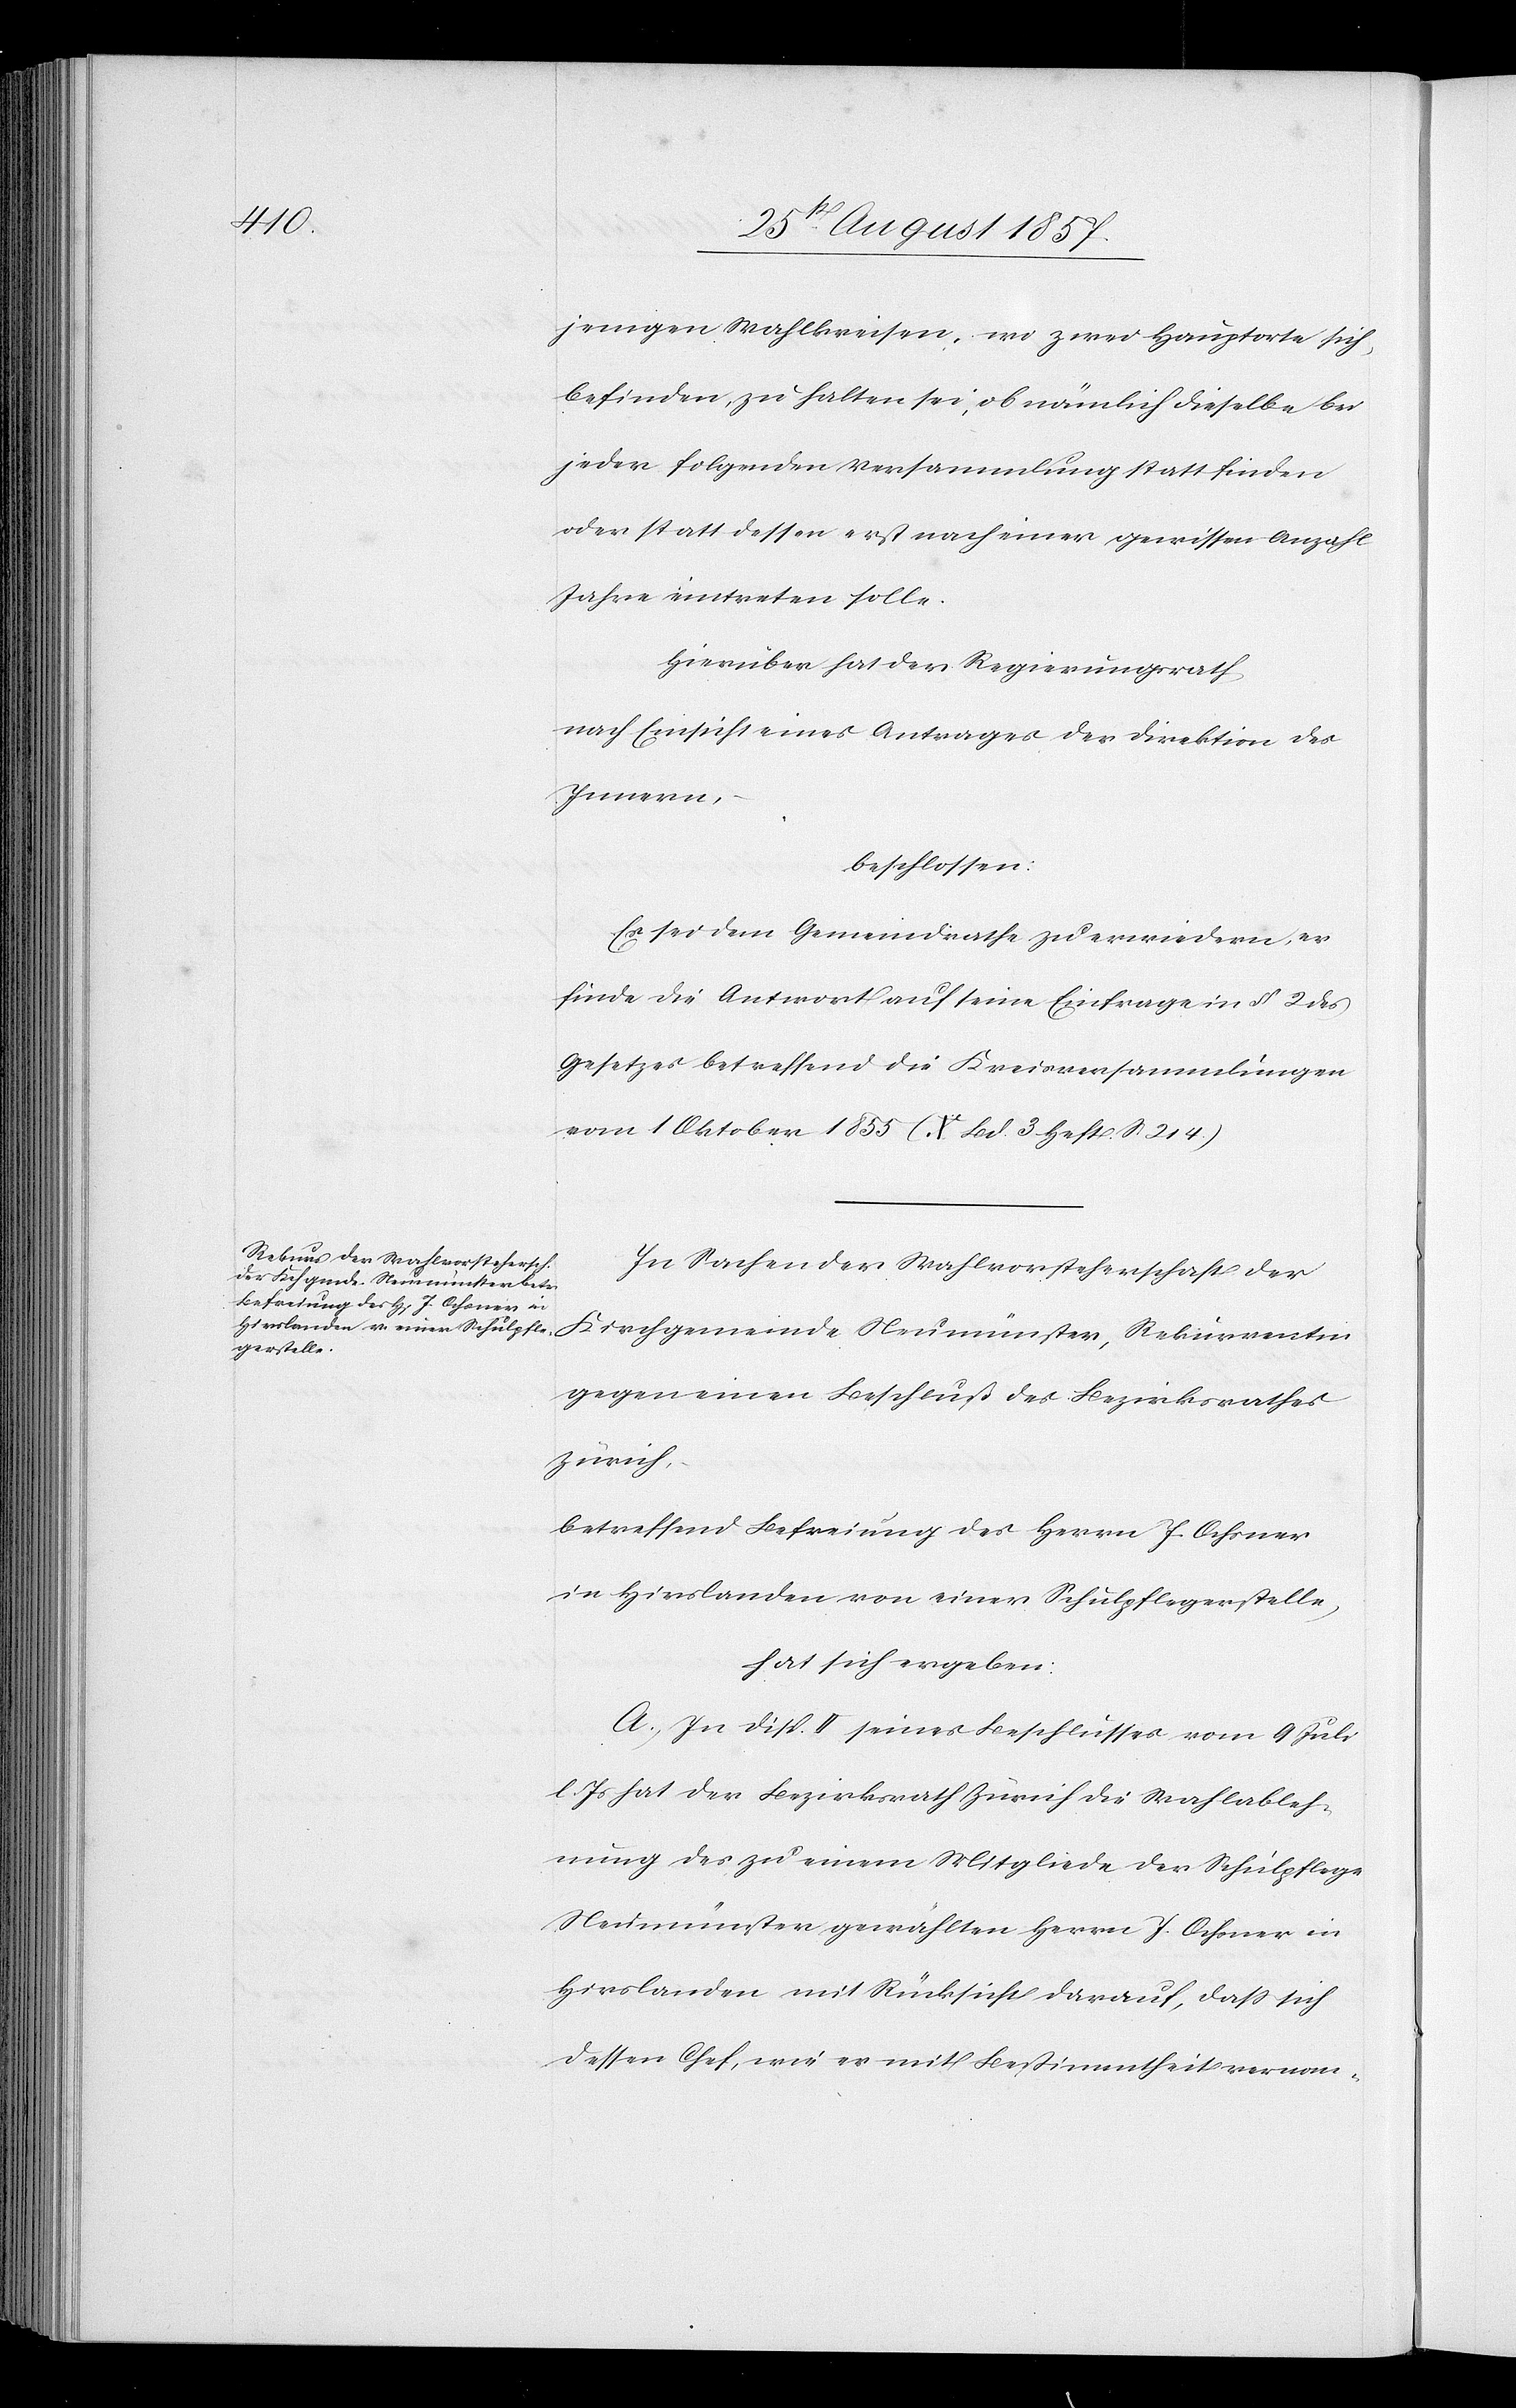
jenigen Wahlkreisen, wo zwei Hauptorte sich,
befinden, zu halten sei, ob nämlich dieselbe bei
jeder folgenden Versammlung statt finden
oder statt dessen erst nach einer gewissen Anzahl
Jahre eintreten solle.
Hierüber hat der Regierungsrath,
nach Einsicht eines Antrages der Direktion des
Innern,
beschlossen:
Es sei dem Gemeindrathe zu erwiedern, er
finde die Antwort auf seine Einfrage in § 2 des
Gesetzes betreffend die Kreisversammlungen
vom 1 Oktober 1855 (X. Bd. 3 Heft S. 214)
In Sachen der Wahlvorsteherschaft der
gegen einen Beschluß des Bezirksrathes
Zürich,
betreffend Befreiung des Herrn J. Ochsner
in Hirslanden von einer Schulpflegerstelle,
hat sich ergeben:
A. In Disp. II seines Beschlusses vom 9 Juli
l. Js. hat der Bezirksrath Zürich die Wahlableh¬
nung des zu einem Mitgliede der Schulpflege
Neumünster gewählten Herrn J. Ochsner in
Hirslanden mit Rücksicht darauf, daß sich
dessen Chef, wie er mit Bestimmtheit vernom-